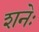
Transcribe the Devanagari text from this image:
शनेः